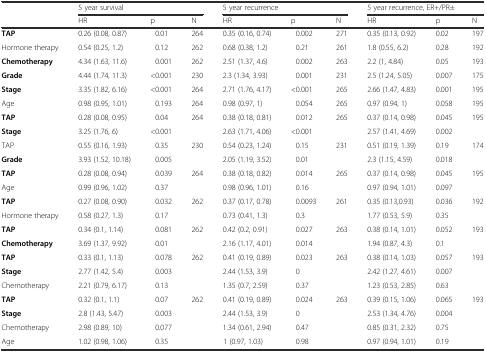
<table><thead><tr><td></td><td colspan="3"><b>5 year survival</b></td><td colspan="3"><b>5 year recurrence</b></td><td colspan="3"><b>5 year recurrence, ER+/PR±</b></td></tr><tr><td></td><td><b>HR</b></td><td><b>p</b></td><td><b>N</b></td><td><b>HR</b></td><td><b>p</b></td><td><b>N</b></td><td><b>HR</b></td><td><b>p</b></td><td><b>N</b></td></tr></thead><tbody><tr><td><b>TAP</b></td><td>0.26 (0.08, 0.87)</td><td>0.01</td><td>264</td><td>0.35 (0.16, 0.74)</td><td>0.002</td><td>271</td><td>0.35 (0.13, 0.92)</td><td>0.02</td><td>197</td></tr><tr><td>Hormone therapy</td><td>0.54 (0.25, 1.2)</td><td>0.12</td><td>262</td><td>0.68 (0.38, 1.2)</td><td>0.21</td><td>261</td><td>1.8 (0.55, 6.2)</td><td>0.28</td><td>192</td></tr><tr><td><b>Chemotherapy</b></td><td>4.34 (1.63, 11.6)</td><td>0.001</td><td>262</td><td>2.51 (1.37, 4.6)</td><td>0.002</td><td>263</td><td>2.2 (1, 4.84)</td><td>0.05</td><td>193</td></tr><tr><td><b>Grade</b></td><td>4.44 (1.74, 11.3)</td><td>&lt;0.001</td><td>230</td><td>2.3 (1.34, 3.93)</td><td>0.001</td><td>231</td><td>2.5 (1.24, 5.05)</td><td>0.007</td><td>175</td></tr><tr><td><b>Stage</b></td><td>3.35 (1.82, 6.16)</td><td>&lt;0.001</td><td>264</td><td>2.71 (1.76, 4.17)</td><td>&lt;0.001</td><td>265</td><td>2.66 (1.47, 4.83)</td><td>0.001</td><td>195</td></tr><tr><td>Age</td><td>0.98 (0.95, 1.01)</td><td>0.193</td><td>264</td><td>0.98 (0.97, 1)</td><td>0.054</td><td>265</td><td>0.97 (0.94, 1)</td><td>0.058</td><td>195</td></tr><tr><td><b>TAP</b></td><td>0.28 (0.08, 0.95)</td><td>0.04</td><td rowspan="2">264</td><td>0.38 (0.18, 0.81)</td><td>0.012</td><td rowspan="2">265</td><td>0.37 (0.14, 0.98)</td><td>0.045</td><td rowspan="2">195</td></tr><tr><td><b>Stage</b></td><td>3.25 (1.76, 6)</td><td>&lt;0.001</td><td>2.63 (1.71, 4.06)</td><td>&lt;0.001</td><td>2.57 (1.41, 4.69)</td><td>0.002</td></tr><tr><td>TAP</td><td>0.55 (0.16, 1.93)</td><td>0.35</td><td rowspan="2">230</td><td>0.54 (0.23, 1.24)</td><td>0.15</td><td rowspan="2">231</td><td>0.51 (0.19, 1.39)</td><td>0.19</td><td rowspan="2">174</td></tr><tr><td><b>Grade</b></td><td>3.93 (1.52, 10.18)</td><td>0.005</td><td>2.05 (1.19, 3.52)</td><td>0.01</td><td>2.3 (1.15, 4.59)</td><td>0.018</td></tr><tr><td><b>TAP</b></td><td>0.28 (0.08, 0.94)</td><td>0.039</td><td rowspan="2">264</td><td>0.38 (0.18, 0.82)</td><td>0.014</td><td rowspan="2">265</td><td>0.37 (0.14, 0.98)</td><td>0.045</td><td rowspan="2">195</td></tr><tr><td>Age</td><td>0.99 (0.96, 1.02)</td><td>0.37</td><td>0.98 (0.96, 1.01)</td><td>0.16</td><td>0.97 (0.94, 1.01)</td><td>0.097</td></tr><tr><td><b>TAP</b></td><td>0.27 (0.08, 0.90)</td><td>0.032</td><td rowspan="2">262</td><td>0.37 (0.17, 0.78)</td><td>0.0093</td><td rowspan="2">261</td><td>0.35 (0.13,0.93)</td><td>0.036</td><td rowspan="2">192</td></tr><tr><td>Hormone therapy</td><td>0.58 (0.27, 1.3)</td><td>0.17</td><td>0.73 (0.41, 1.3)</td><td>0.3</td><td>1.77 (0.53, 5.9)</td><td>0.35</td></tr><tr><td><b>TAP</b></td><td>0.34 (0.1, 1.14)</td><td>0.081</td><td rowspan="2">262</td><td>0.42 (0.2, 0.91)</td><td>0.027</td><td rowspan="2">263</td><td>0.38 (0.14, 1.01)</td><td>0.052</td><td rowspan="2">193</td></tr><tr><td><b>Chemotherapy</b></td><td>3.69 (1.37, 9.92)</td><td>0.01</td><td>2.16 (1.17, 4.01)</td><td>0.014</td><td>1.94 (0.87, 4.3)</td><td>0.1</td></tr><tr><td><b>TAP</b></td><td>0.33 (0.1, 1.13)</td><td>0.078</td><td rowspan="3">262</td><td>0.41 (0.19, 0.89)</td><td>0.023</td><td rowspan="3">263</td><td>0.38 (0.14, 1.03)</td><td>0.057</td><td rowspan="3">193</td></tr><tr><td><b>Stage</b></td><td>2.77 (1.42, 5.4)</td><td>0.003</td><td>2.44 (1.53, 3.9)</td><td>0</td><td>2.42 (1.27, 4.61)</td><td>0.007</td></tr><tr><td>Chemotherapy</td><td>2.21 (0.79, 6.17)</td><td>0.13</td><td>1.35 (0.7, 2.59)</td><td>0.37</td><td>1.23 (0.53, 2.85)</td><td>0.63</td></tr><tr><td><b>TAP</b></td><td>0.32 (0.1, 1.1)</td><td>0.07</td><td rowspan="4">262</td><td>0.41 (0.19, 0.89)</td><td>0.024</td><td rowspan="4">263</td><td>0.39 (0.15, 1.06)</td><td>0.065</td><td rowspan="4">193</td></tr><tr><td><b>Stage</b></td><td>2.8 (1.43, 5.47)</td><td>0.003</td><td>2.44 (1.53, 3.9)</td><td>0</td><td>2.53 (1.34, 4.76)</td><td>0.004</td></tr><tr><td>Chemotherapy</td><td>2.98 (0.89, 10)</td><td>0.077</td><td>1.34 (0.61, 2.94)</td><td>0.47</td><td>0.85 (0.31, 2.32)</td><td>0.75</td></tr><tr><td>Age</td><td>1.02 (0.98, 1.06)</td><td>0.35</td><td>1 (0.97, 1.03)</td><td>0.98</td><td>0.97 (0.94, 1.01)</td><td>0.19</td></tr></tbody></table>